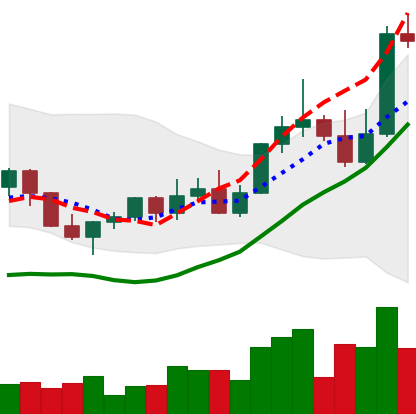
Ticker: LINK-USD
Chart end date: 2022-11-05
Forward return: -16.743%
Label: down_7plus